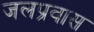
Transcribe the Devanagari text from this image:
जलप्रवास